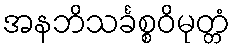
အနဘိသင်္ခစ္စဝိမုတ္တံ